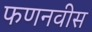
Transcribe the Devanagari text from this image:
फणनवीस